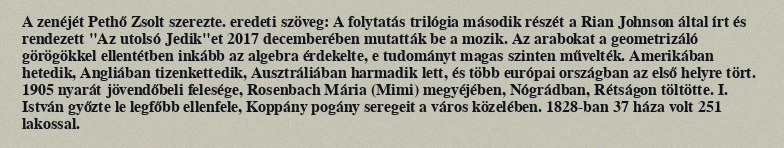
A zenéjét Pethő Zsolt szerezte. eredeti szöveg: A folytatás trilógia második részét a Rian Johnson által írt és rendezett "Az utolsó Jedik"et 2017 decemberében mutatták be a mozik. Az arabokat a geometrizáló görögökkel ellentétben inkább az algebra érdekelte, e tudományt magas szinten művelték. Amerikában hetedik, Angliában tizenkettedik, Ausztráliában harmadik lett, és több európai országban az első helyre tört. 1905 nyarát jövendőbeli felesége, Rosenbach Mária (Mimi) megyéjében, Nógrádban, Rétságon töltötte. I. István győzte le legfőbb ellenfele, Koppány pogány seregeit a város közelében. 1828-ban 37 háza volt 251 lakossal.